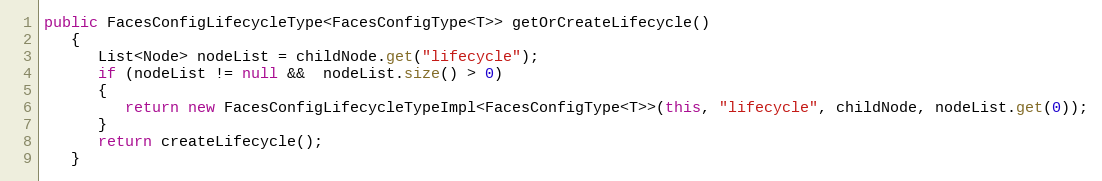
Language: Java
public FacesConfigLifecycleType<FacesConfigType<T>> getOrCreateLifecycle()
   {
      List<Node> nodeList = childNode.get("lifecycle");
      if (nodeList != null &&  nodeList.size() > 0)
      {
         return new FacesConfigLifecycleTypeImpl<FacesConfigType<T>>(this, "lifecycle", childNode, nodeList.get(0));
      }
      return createLifecycle();
   }